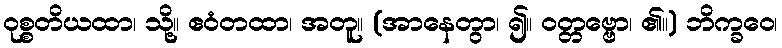
ဝုစ္စတိယထာ၊ သို့။ ဧဝံတထာ၊ အတူ။ (အာနေတွာ၊ ၍။ ဝတ္တဗ္ဗော၊ ၏။) ဘိက္ခဝေ၊